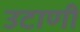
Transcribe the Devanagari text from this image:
उटाणी